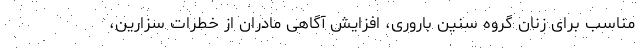
مناسب برای زنان گروه سنین باروری، افزایش آگاهی مادران از خطرات سزارین،